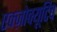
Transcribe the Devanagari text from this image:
एक्ज़ोक्यूटिव